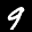
Label: 9